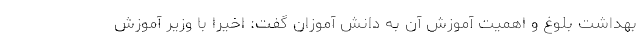
بهداشت بلوغ و اهمیت آموزش آن به دانش آموزان گفت: اخیرا با وزیر آموزش